Scottish Certificate of Education, 1963
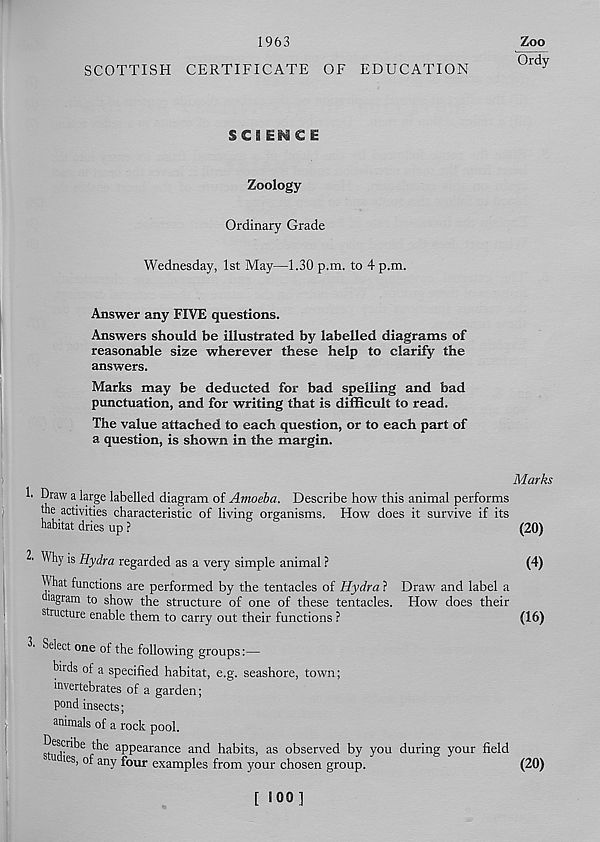
1963
Zoo
Ordy
SCOTTISH CERTIFICATE OF EDUCATION
SCIENCE
Zoology
Ordinary Grade
Wednesday, 1st May—1.30 p.m. to 4 p.m.
Answer any FIVE questions.
Answers should be illustrated by labelled diagrams of
reasonable size wherever these help to clarify the
answers.
Marks may be deducted for bad spelling and bad
punctuation, and for writing that is difficult to read.
The value attached to each question, or to each part of
a question, is shown in the margin.
Marks
!• Draw a large labelled diagram of Amoeba. Describe how this animal performs
the activities characteristic of living organisms. How does it survive if its
habitat dries up ?
(20)
2. Why is Hydra regarded as a very simple animal ?
(4)
What functions are performed by the tentacles of Hydra ? Draw and label a
diagram to show the structure of one of these tentacles. How does their
structure enable them to carry out their functions ?
(16)
2' Select one of the following groups:—
birds of a specified habitat, e.g. seashore, town;
invertebrates of a garden;
pond insects;
animals of a rock pool.
Describe the appearance and habits, as observed by you during your field
u ies, of any four examples from your chosen group.
(20)
[ 100]